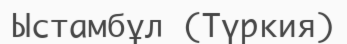
Ыстамбұл (Түркия)